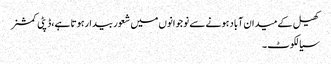
کھیل کے میدان آباد ہونے سے نوجوانوں میں شعور بیدارہوتا ہے،ڈپٹی کمشنر
سیالکوٹ ۔